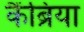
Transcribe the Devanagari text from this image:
कैंब्रिया